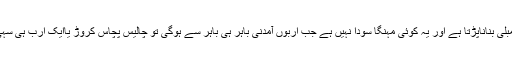
خود آپ یا اپنی اولادوں کو ممبران اسمبلی بناناپڑتا ہے اور یہ کوئی مہنگا سودا نہیں ہے جب اربوں آمدنی باہر ہی باہر سے ہوگی تو چالیس پچاس کروڑ یاایک ارب ہی سہی خرچ کرڈالنے میں کیا مضائقہ ہے؟